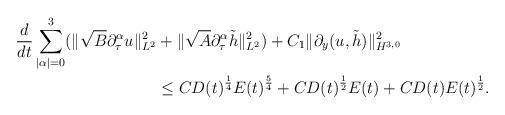
LaTeX: \begin{align*}\frac d{dt}\sum\limits_{|\alpha|=0}^{3}(\|\sqrt{B}\partial_\tau^\alpha u\|_{L^2}^2&+\|\sqrt{A}\partial_\tau^\alpha\tilde{h}\|_{L^2}^2)+C_1\|\partial_y(u, \tilde{h})\|_{H^{3, 0}}^2\\&\le CD(t)^{\frac14}E(t)^{\frac54}+CD(t)^{\frac 12}E(t)+CD(t)E(t)^{\frac12}.\end{align*}